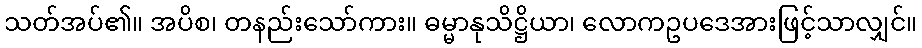
သတ်အပ်၏။ အပိစ၊ တနည်းသော်ကား။ ဓမ္မာနုသိဋ္ဌိယာ၊ လောကဥပဒေအားဖြင့်သာလျှင်။